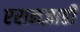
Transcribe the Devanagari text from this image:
एरानज़ाडी